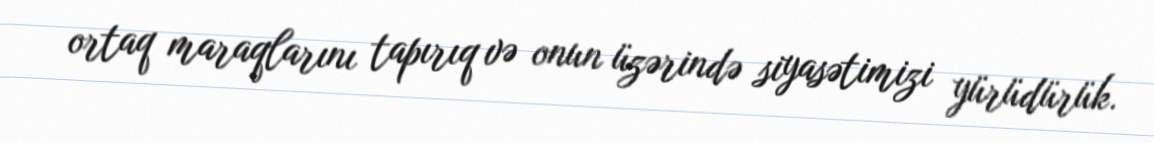
ortaq maraqlarını tapırıq və onun üzərində siyasətimizi yürüdürük.